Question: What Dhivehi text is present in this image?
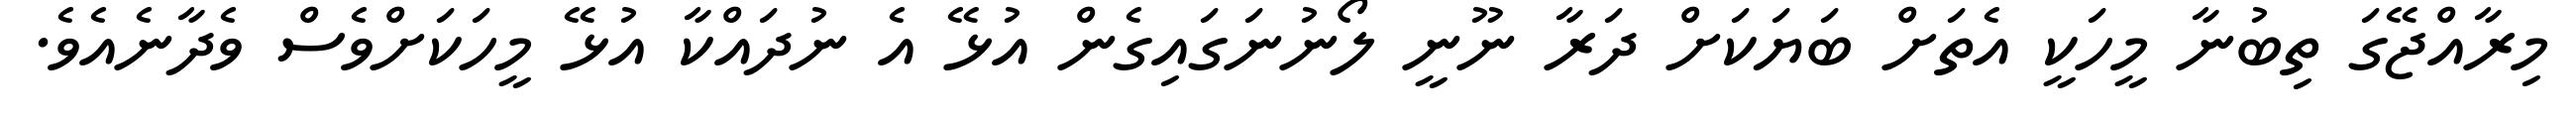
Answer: މިރާއްޖޭގަ ތިބުނާ މީހަކީ އެތަށް ބަޔަކަށް ދަރާ ނޫނީ ލޯނުނަގައިގެން އުޅޭ އެ ނުދައްކާ އުޅޭ މީހަކަށްވެސް ވެދާނެއެވެ.